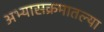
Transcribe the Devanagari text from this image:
अभ्यासक्रमातल्या